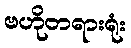
ဗဟိုတရားရုံး